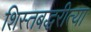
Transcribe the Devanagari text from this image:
शिस्तबद्धरीत्या